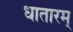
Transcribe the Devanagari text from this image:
धातारम्